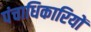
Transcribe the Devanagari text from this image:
पंचाधिकारियों